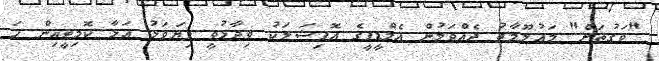
"ވަގުތަށް" މަޢުލޫމާތު ދެއްވަމުން އެމްޑީޕީގެ އޮފިޝަލަކު ވިދާޅުވީ ފިޔަވަޅު އަޅާ ކޮމިޓީއިން ހަ